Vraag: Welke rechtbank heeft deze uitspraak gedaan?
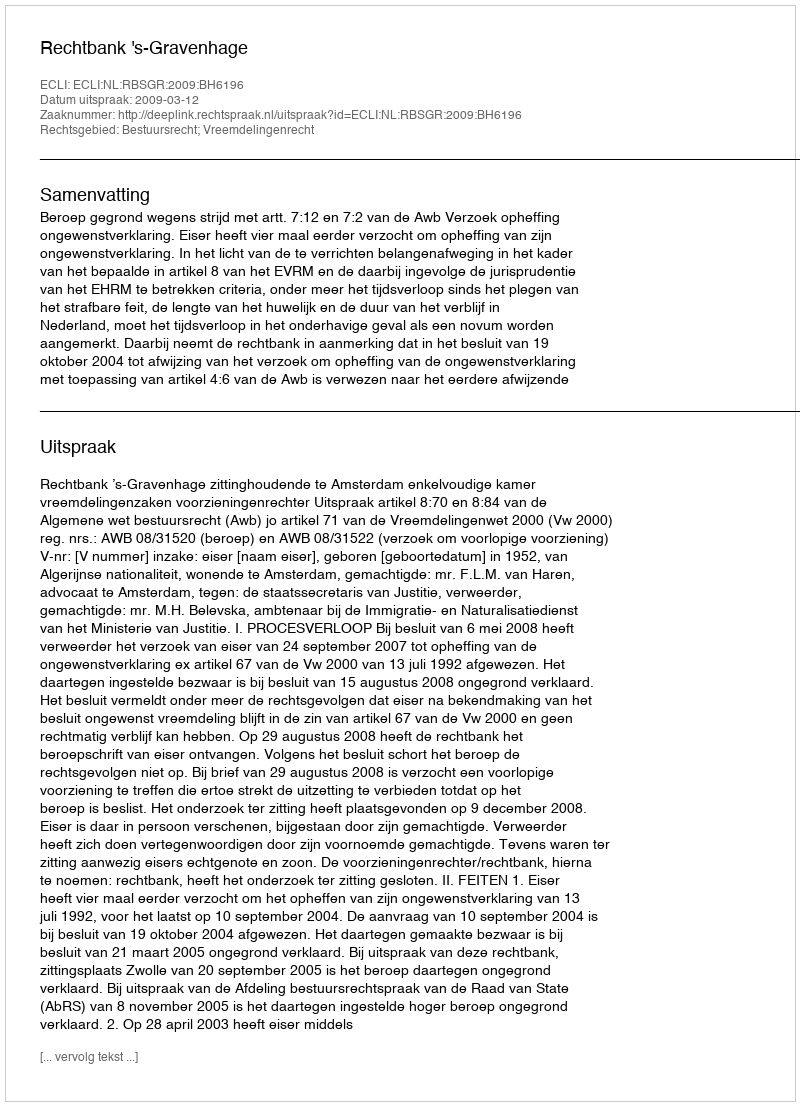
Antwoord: Rechtbank 's-Gravenhage